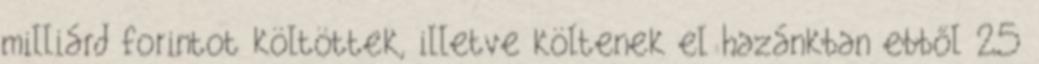
milliárd forintot költöttek, illetve költenek el hazánkban ebből 25